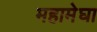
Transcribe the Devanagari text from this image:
महामेघा